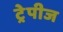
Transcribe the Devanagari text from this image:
ट्रेपीज